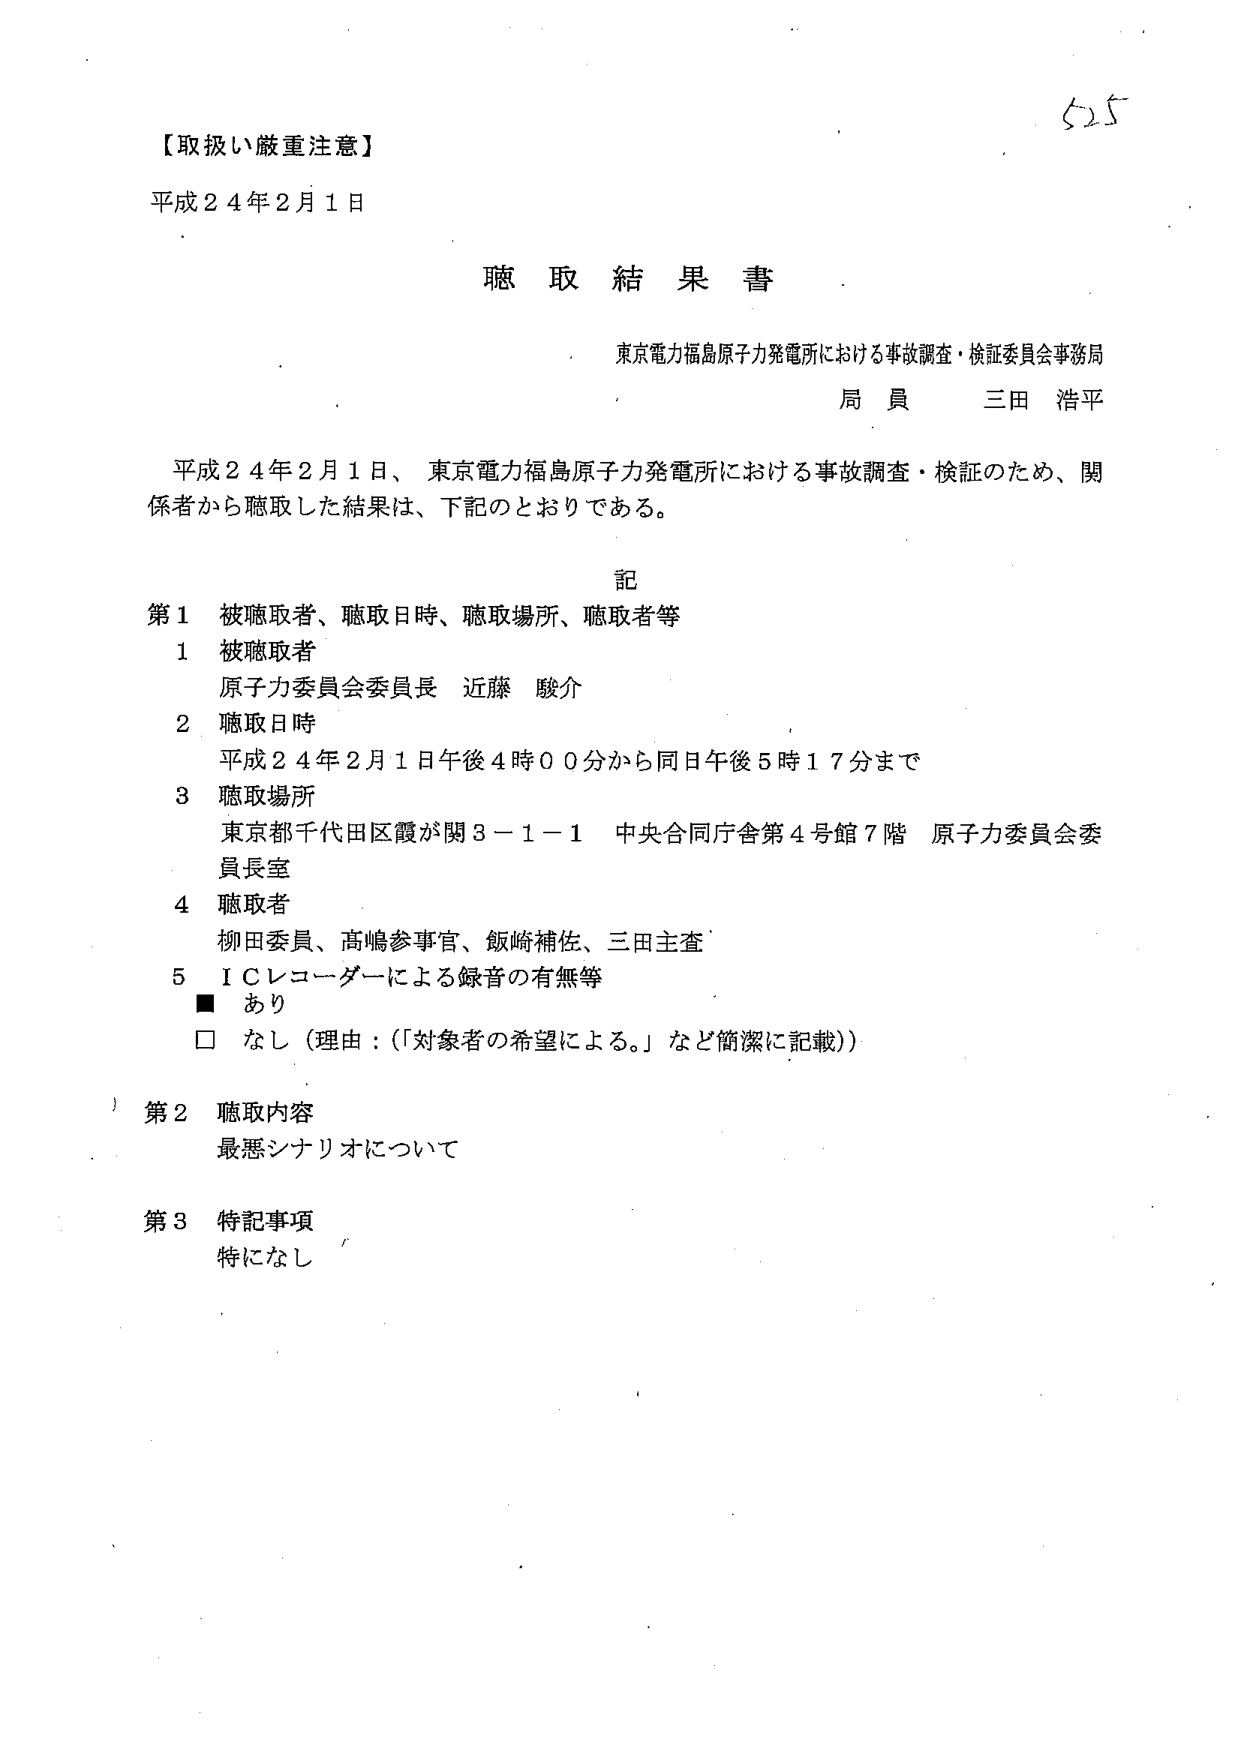
【取扱い厳重注意】
平成２４年２月１日

聴取結果書

東京電力福島原子力発電所における事故調査・検証委員会事務局
局員 三田 浩平

平成２４年２月１日、東京電力福島原子力発電所における事故調査・検証のため、関係者から聴取した結果は、下記のとおりである。

記

第１ 被聴取者、聴取日時、聴取場所、聴取者等
１ 被聴取者
　原子力委員会委員長 近藤 駿介
２ 聴取日時
　平成２４年２月１日午後４時００分から同日午後５時１７分まで
３ 聴取場所
　東京都千代田区霞が関３－１－１ 中央合同庁舎第４号館７階 原子力委員会委員長室
４ 聴取者
　柳田委員、高嶋参事官、飯崎補佐、三田主査
５ ＩＣレコーダーによる録音の有無等
　■ あり
　□ なし（理由：「対象者の希望による。」など簡潔に記載）

第２ 聴取内容
　最悪シナリオについて

第３ 特記事項
　特になし

525